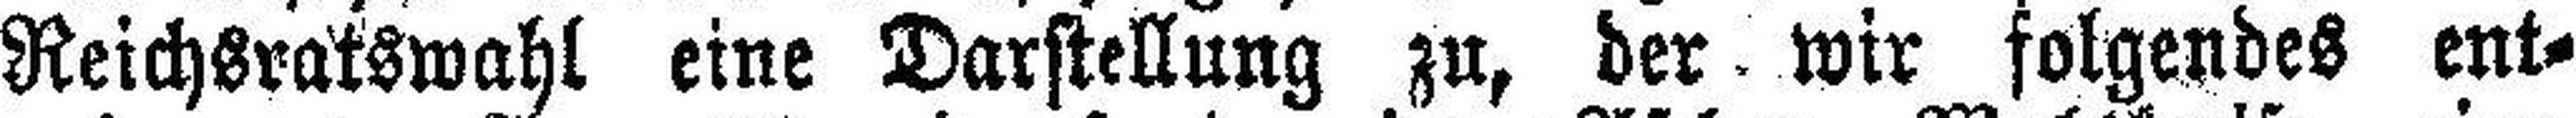
Reichsratswahl eine Darstellung zu, der wir folgendes ent¬